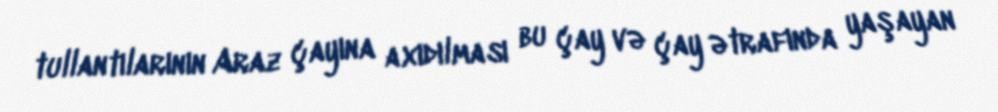
tullantılarının Araz çayına axıdılması bu çay və çay ətrafında yaşayan